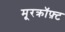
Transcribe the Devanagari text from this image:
मूरक्रॉफ़्ट